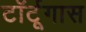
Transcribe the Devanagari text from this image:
टॉर्टूगास